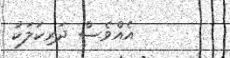
އެއްވެސް ދަރިކަލަކު